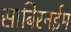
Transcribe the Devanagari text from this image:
साबिरनईम